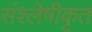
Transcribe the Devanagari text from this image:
संश्लेषीकृत